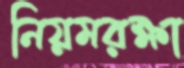
নিয়মরক্ষা